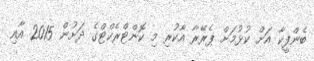
ބެންފީކާ އަށް ކުޅުމަށް ޕެރޭރާ އާކުރި މި ކޮންޓްރެކްޓްގެ ދަށުން 2015 އާއި